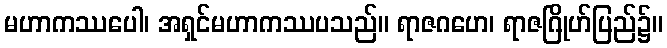
မဟာကဿပေါ၊ အရှင်မဟာကဿပသည်။ ရာဇဂဟေ၊ ရာဇဂြိုဟ်ပြည်၌။